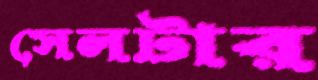
সেলটার